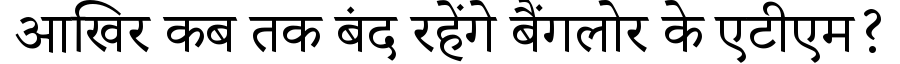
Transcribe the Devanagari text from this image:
आखिर कब तक बंद रहेंगे बैंगलोर के एटीएम?